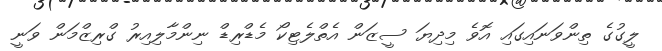
ލީގުގެ ތިންވަނައިގައި އޮވެ މިދިޔަ ސީޒަން އެތްލެޓިކޯ މެޑްރިޑް ނިންމާލިއިރު ގްރިޒްމަން ވަނީ